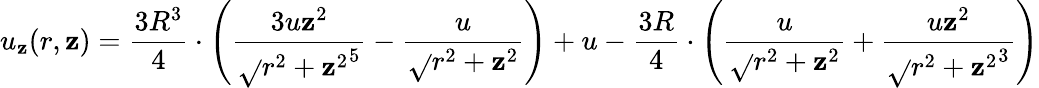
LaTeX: u_{\mathbf{z}}(r,\mathbf{z})={\frac{{3R^{3}}}{{4}}}\cdot\left({\frac{{3u\mathbf{z}^{2}}}{{{\sqrt{}{{r^{2}+\mathbf{z}^{2}}}}^{5}}}}-{\frac{{u}}{{\sqrt{}{{r^{2}+\mathbf{z}^{2}}}}}}\right)+u-{\frac{{3R}}{{4}}}\cdot\left({\frac{{u}}{{\sqrt{}{{r^{2}+\mathbf{z}^{2}}}}}}+{\frac{{u\mathbf{z}^{2}}}{{{\sqrt{}{{r^{2}+\mathbf{z}^{2}}}}^{3}}}}\right)